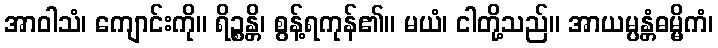
အာဝါသံ၊ ကျောင်းကို။ ရိဉ္စန္တိ၊ စွန့်ရကုန်၏။ မယံ၊ ငါတို့သည်။ အာယမ္ပန္တံဓမ္မိကံ၊